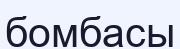
бомбасы